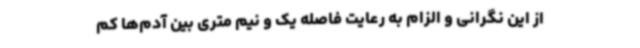
از این نگرانی و الزام به رعایت فاصله یک و نیم متری بین آدم‌ها کم